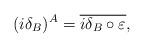
LaTeX: \begin{align*}(i\delta_B)^A = \overline{i\delta_B \mathbin{\circ} \varepsilon},\end{align*}